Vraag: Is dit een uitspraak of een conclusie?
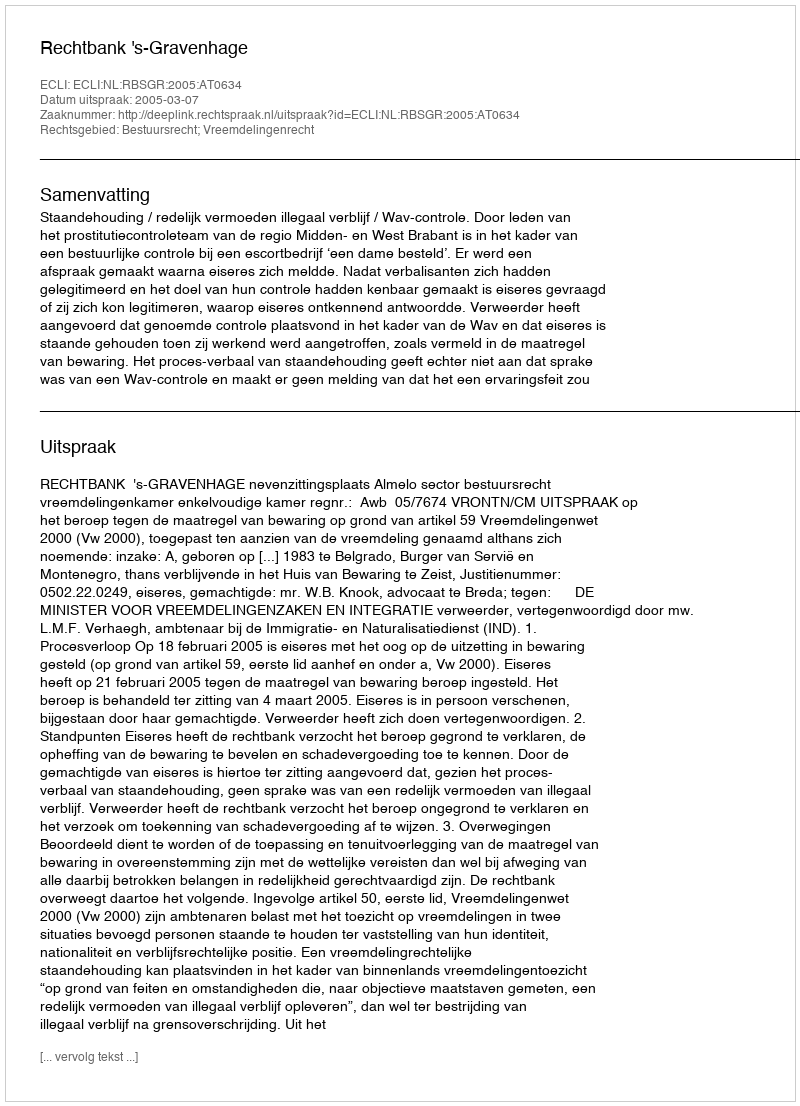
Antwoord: Uitspraak